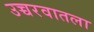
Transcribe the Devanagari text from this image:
उच्चरवातला